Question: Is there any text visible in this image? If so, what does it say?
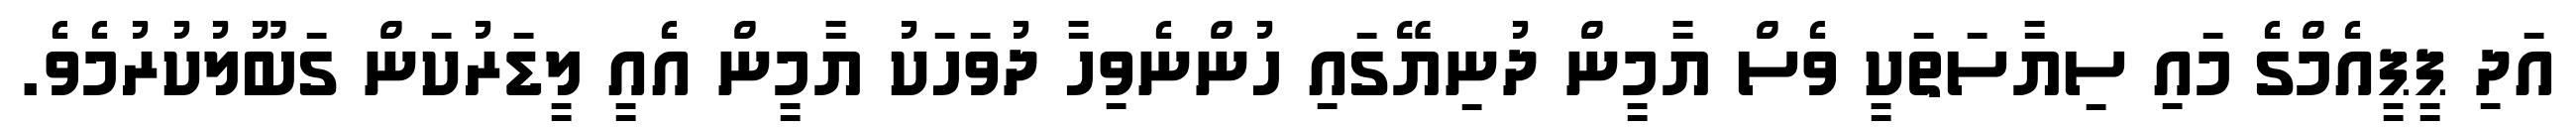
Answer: އަދި ޕީޕީއެމްގެ މައި ސިޔާސަތަކީ ވެސް ޔާމީން ދުނިޔޭގައި ހުންނެވިހާ ދުވަހަކު ޔާމީން އެއީ ލީޑަރުކަން ގަބޫލުކުރުމެވެ.